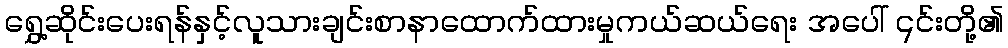
ရွှေ့ဆိုင်းပေးရန်နှင့်လူသားချင်းစာနာထောက်ထားမှုကယ်ဆယ်ရေး အပေါ် ၎င်းတို့၏